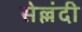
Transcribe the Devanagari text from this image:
सेल्लंदी